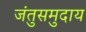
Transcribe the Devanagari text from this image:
जंतुसमुदाय